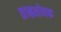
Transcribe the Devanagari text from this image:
ताम्रशोधक